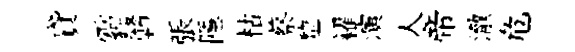
貸霾贛張隱枯蔡犂糴演人帝澈危